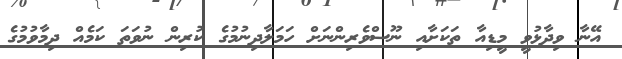
އޭނާ ވިދާޅުވީ މީޑިއާ ތަކަށާއި ނޫސްވެރިންނަށް ހަމަލާދިނުމުގެ ކުރިން ނުވަތަ ކަމެއް ދިމާވުމުގެ